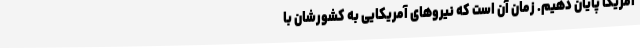
آمریکا پایان دهیم. زمان آن است که نیرو‌های آمریکایی به کشورشان با